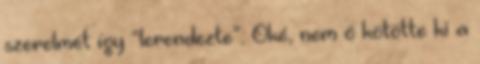
szerelmét így “lerendezte”. Oké, nem ő kötötte ki a